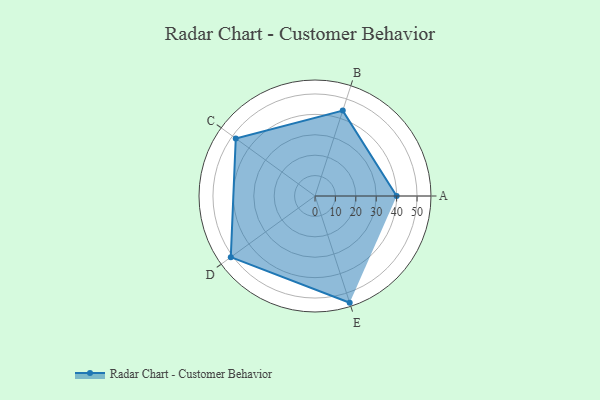
{"axis": {"x": "Skill", "y": "Score"}, "legend": ["Profile"], "data": [{"x": "A", "y": 40.0, "type": "Profile"}, {"x": "B", "y": 44.0, "type": "Profile"}, {"x": "C", "y": 48.0, "type": "Profile"}, {"x": "D", "y": 51.0, "type": "Profile"}, {"x": "E", "y": 55.0, "type": "Profile"}]}